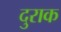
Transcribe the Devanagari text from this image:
दुराक